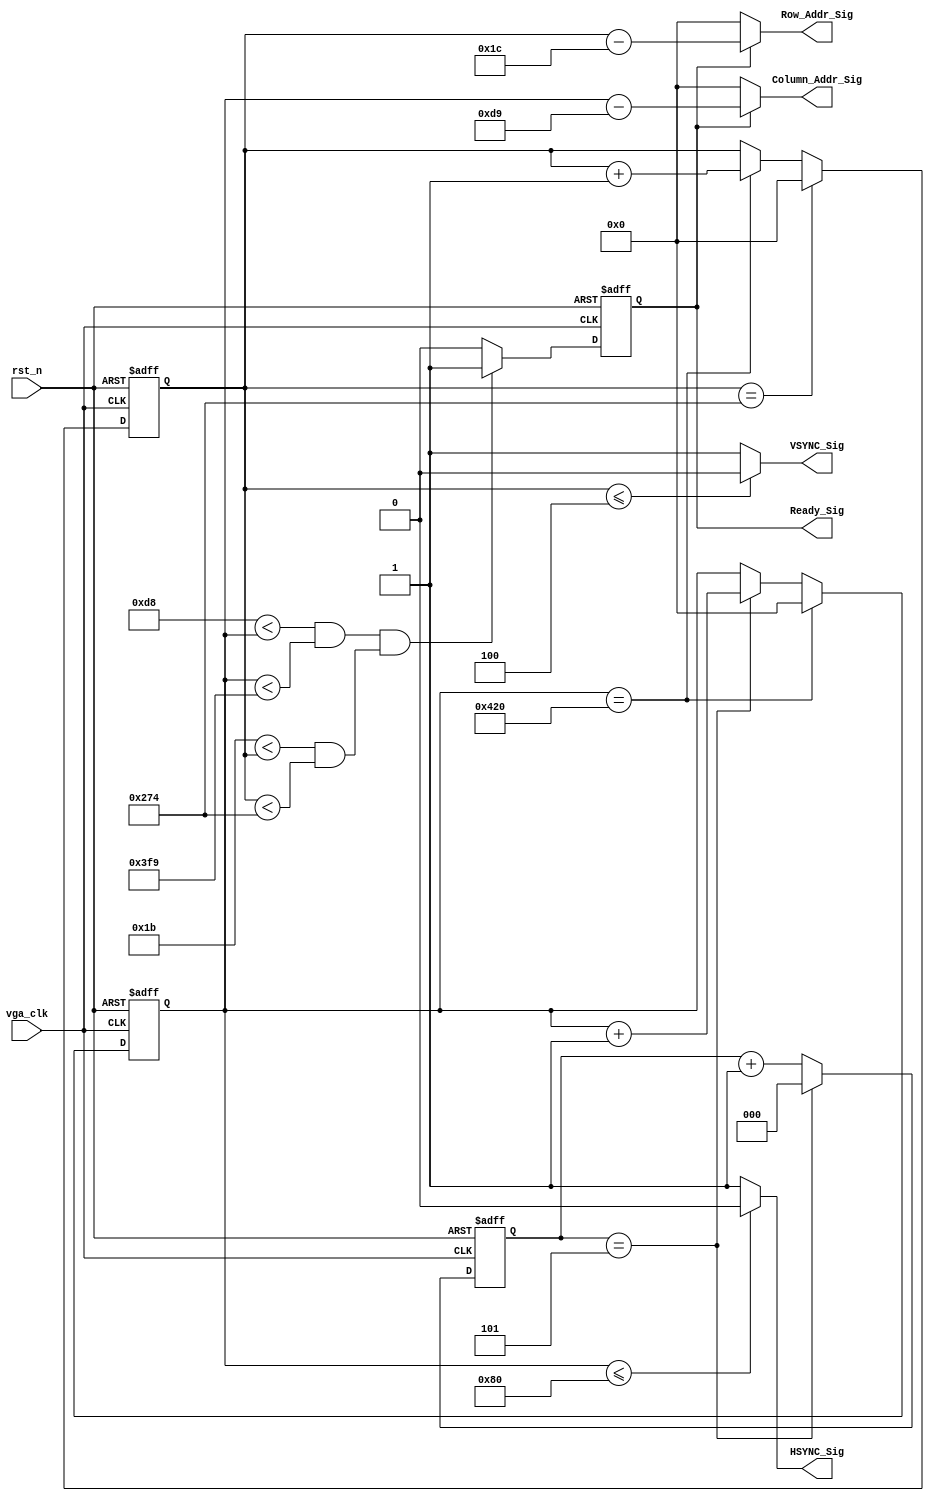

//vga_clk 40.0MHz
//VGA VGA40MHz
//200MHz?
//:VGA--

module vga_sync_module_800_600_60(
    vga_clk, //200MHz 40MHz
    rst_n,
    VSYNC_Sig,
    HSYNC_Sig,
    Ready_Sig,
    Column_Addr_Sig,
    Row_Addr_Sig
    );
    
    input vga_clk;
    input rst_n;
    
    output VSYNC_Sig;
    output HSYNC_Sig;
    
    output Ready_Sig;
    output [10:0]Column_Addr_Sig;
    output [10:0]Row_Addr_Sig;
    
    /******************************************/
    
    parameter X1 = 11'd128;
    parameter X2 = 11'd88;
    parameter X3 = 11'd800;
    parameter X4 = 11'd40;
    
    parameter Y1 = 11'd4;
    parameter Y2 = 11'd23;
    parameter Y3 = 11'd600;
    parameter Y4 = 11'd1;
    
    parameter H_POINT = (X1 + X2 + X3 + X4);
    parameter V_POINT = (Y1 + Y2 + Y3 + Y4);
    
    /******************************************/
    
    //40MHz = 25ns
    //50MHz25ns
    //parameter T25NS = ?50MHz(20ns)25ns!!!!
    //50MHz"40MHz"
    
    //50MHz40MHz:50MHz200MHz(5040),40MHz
    //PLL?
    
    //40MHz = 25ns
    //200Mhz = 5ns
    parameter T25NS = 3'd5;
    
    reg [2:0]count;
    
    always @(posedge vga_clk or negedge rst_n) begin
        if (!rst_n)
            count <= 3'd0;
        else if(count == T25NS)
            count <= 3'd0;
        else
            count <= count + 1'b1;
    end
    
    
    //
    reg [10:0]Count_H;
    
    /*
    always @(posedge vga_clk or negedge rst_n) begin
        if (!rst_n)
            Count_H <= 11'd0;
        else if(Count_H == H_POINT)
            Count_H <= 11'd0;
        else
            Count_H <= Count_H + 1'b1;
    end
    */
    
    always @(posedge vga_clk or negedge rst_n) begin
        if (!rst_n)
            Count_H <= 11'd0;
        else if(Count_H == H_POINT)
            Count_H <= 11'd0;
        else if(count == T25NS)
            Count_H <= Count_H + 1'b1;
    end
    
    
    //
    reg [10:0]Count_V;
    
    always @(posedge vga_clk or negedge rst_n) begin
        if (!rst_n)
            Count_V <= 11'd0;
        else if (Count_V == V_POINT)
            Count_V <= 11'd0;
        else if (Count_H == H_POINT)
            Count_V <= Count_V + 1'b1;
    end
    
    //
    parameter X_L = (X1 + X2);
    parameter X_H = (X1 + X2 + X3 + 1);
    
    parameter Y_L = (Y1 + Y2);
    parameter Y_H = (Y1 + Y2 + Y3 + 1);
    
    reg isReady;
    
    always @(posedge vga_clk or negedge rst_n) begin
        if (!rst_n)
            isReady <= 1'b0;
        else if ((X_L < Count_H && Count_H < X_H) && (Y_L < Count_V && Count_V < Y_H))
            isReady <= 1'b1;
        else
            isReady <= 1'b0;
    end
    
    assign HSYNC_Sig = (Count_H <= X1) ? 1'b0 : 1'b1;
    assign VSYNC_Sig = (Count_V <= Y1) ? 1'b0 : 1'b1;
    assign Ready_Sig = isReady;
    
    // xy 0
    assign Column_Addr_Sig = isReady ? Count_H - (X_L + 11'd1) : 11'd0;
    assign Row_Addr_Sig = isReady ? Count_V - (Y_L + 11'd1) : 11'd0;
    
endmodule